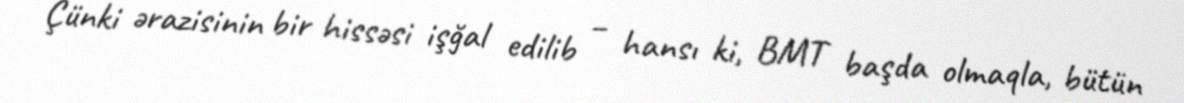
Çünki ərazisinin bir hissəsi işğal edilib – hansı ki, BMT başda olmaqla, bütün